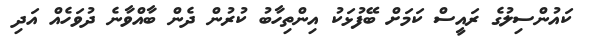
ކައުންސިލުގެ ރައީސް ކަމަށް ބޭފުޅަކު އިންތިހާބު ކުރުން ދެން ބާއްވާނެ ދުވަހެއް އަދި